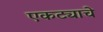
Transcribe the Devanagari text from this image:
एकट्याचे